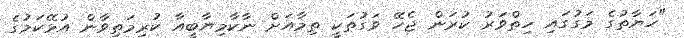
"ހަޔާތުގެ މަގުގައި ހިތްވަރު ކުރަން ޖެހޭ ވަގުތަކީ ތިމާއަށް ނާކާމިޔާބީއާ ކުރިމަތިވާން އުޅޭކަމުގެ